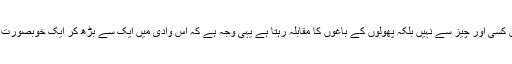
یوں لگتا ہے کہ یہاں کے لوگوں کا آپس میں کسی اور چیز سے نہیں بلکہ پھولوں کے باغوں کا مقابلہ رہتا ہے یہی وجہ ہے کہ اس وادی میں ایک سے بڑھ کر ایک خوبصورت پھولوں کا باغ ضرور دیکھنے کو ملتا ہے۔